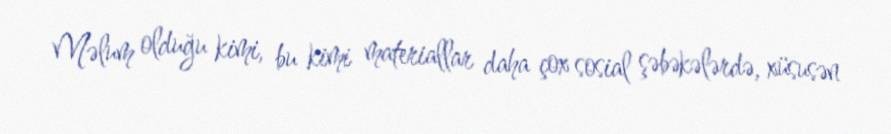
Məlum olduğu kimi, bu kimi materiallar daha çox sosial şəbəkələrdə, xüsusən